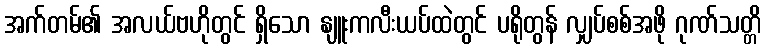
အက်တမ်၏ အလယ်ဗဟိုတွင် ရှိသော နျူးကလီးယပ်ထဲတွင် ပရိုတွန် လျှပ်စစ်အဖို ဂုဏ်သတ္တိ